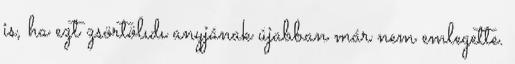
is, ha ezt zsörtölıdı anyjának újabban már nem emlegette.